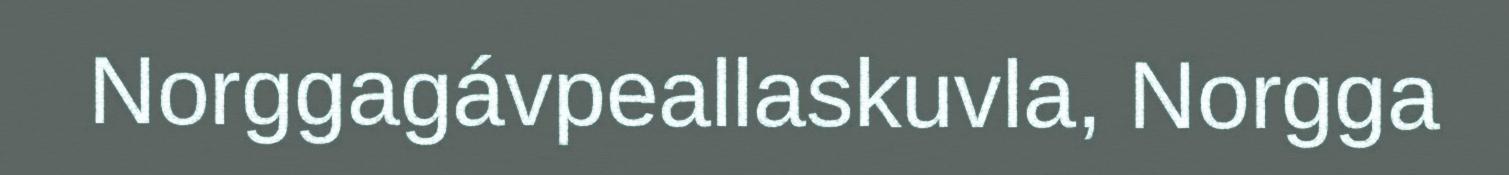
Norggagávpeallaskuvla, Norgga